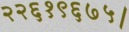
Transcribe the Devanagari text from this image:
२२६१९६७५।